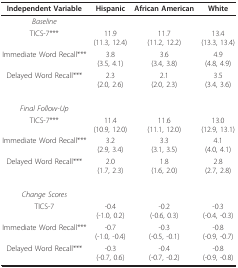
<table><thead><tr><td><b>Independent Variable</b></td><td><b>Hispanic</b></td><td><b>African American</b></td><td><b>White</b></td></tr></thead><tbody><tr><td><i>Baseline</i></td><td></td><td></td><td></td></tr><tr><td>TICS-7***</td><td>11.9(11.3, 12.4)</td><td>11.7(11.2, 12.2)</td><td>13.4(13.3, 13.4)</td></tr><tr><td>Immediate Word Recall***</td><td>3.8(3.5, 4.1)</td><td>3.6(3.4, 3.8)</td><td>4.9(4.8, 4.9)</td></tr><tr><td>Delayed Word Recall***</td><td>2.3(2.0, 2.6)</td><td>2.1(2.0, 2.3)</td><td>3.5(3.4, 3.6)</td></tr><tr><td><i>Final Follow-Up</i></td><td></td><td></td><td></td></tr><tr><td>TICS-7***</td><td>11.4(10.9, 12.0)</td><td>11.6(11.1, 12.0)</td><td>13.0(12.9, 13.1)</td></tr><tr><td>Immediate Word Recall***</td><td>3.2(2.9, 3.4)</td><td>3.3(3.1, 3.5)</td><td>4.1(4.0, 4.1)</td></tr><tr><td>Delayed Word Recall***</td><td>2.0(1.7, 2.3)</td><td>1.8(1.6, 2.0)</td><td>2.8(2.7, 2.8)</td></tr><tr><td><i>Change Scores</i></td><td></td><td></td><td></td></tr><tr><td>TICS-7</td><td>-0.4(-1.0, 0.2)</td><td>-0.2(-0.6, 0.3)</td><td>-0.3(-0.4, -0.3)</td></tr><tr><td>Immediate Word Recall***</td><td>-0.7(-1.0, -0.4)</td><td>-0.3(-0.5, -0.1)</td><td>-0.8(-0.9, -0.7)</td></tr><tr><td>Delayed Word Recall***</td><td>-0.3(-0.7, 0.6)</td><td>-0.4(-0.7, -0.2)</td><td>-0.8(-0.9, -0.8)</td></tr></tbody></table>